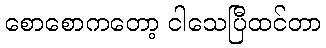
စောစောကတော့ ငါသေပြီထင်တာ